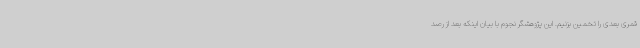
قمری بعدی را تخمین بزنیم. این پژوهشگر نجوم با بیان اینکه بعد از رصد